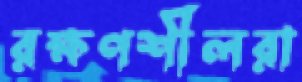
রক্ষণশীলরা